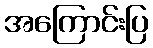
အကြောင်းပြ